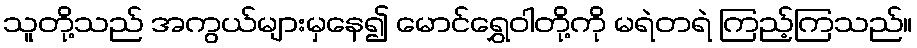
သူတို့သည် အကွယ်များမှနေ၍ မောင်ရွှေဝါတို့ကို မရဲတရဲ ကြည့်ကြသည်။